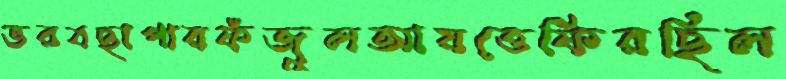
ভরবছাপারফঁজুলআয়ত্তেফিরছিল